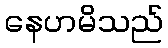
နေဟမိသည်